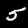
Digit: 5